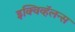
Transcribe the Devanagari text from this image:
इक्विव्हॅलन्स